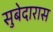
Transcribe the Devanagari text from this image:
सुबेदारास